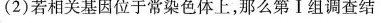
(2)若相关基因位于常染色体上，那么第Ⅰ组调查结